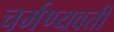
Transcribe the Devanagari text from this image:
चर्मण्यवती